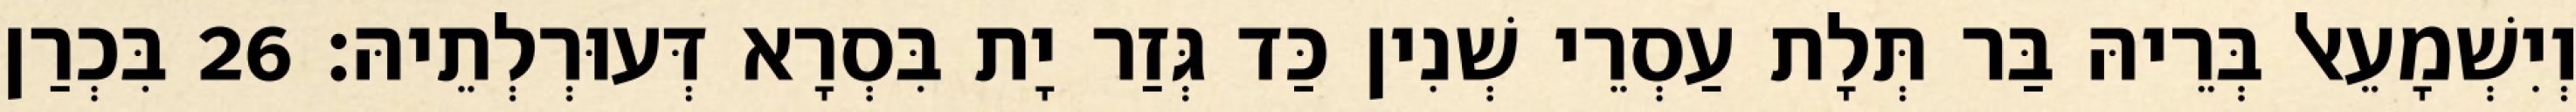
וְיִשְׁמָעֵאל בְּרֵיהּ בַּר תְּלָת עַסְרֵי שְׁנִין כַּד גְּזַר יָת בִּסְרָא דְּעוּרְלְתֵיהּ׃ 26 בִּכְרַן